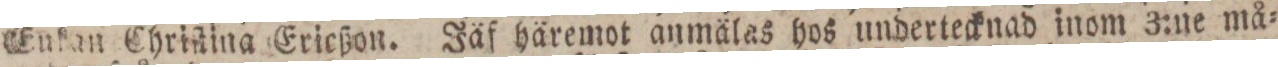
Enkan Chriſtina Ericßon. Jäf häremot anmälas hos undertecknad inom 3:ne må=